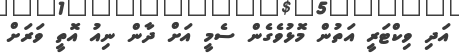
އަދި ވިކްޓަރީ އަތުން މޮޅުވެގެން ސެމީ އަށް ދާން ނިއު އޮތީ ވަރަށް